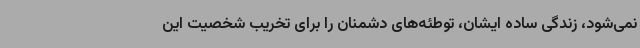
نمی‌شود، زندگی ساده ایشان، توطئه‌های دشمنان را برای تخریب شخصیت این